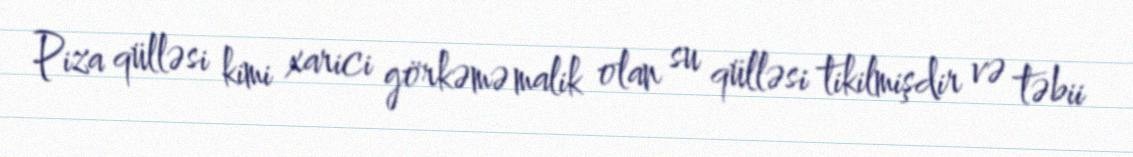
Piza qülləsi kimi xarici görkəmə malik olan su qülləsi tikilmişdir və təbii